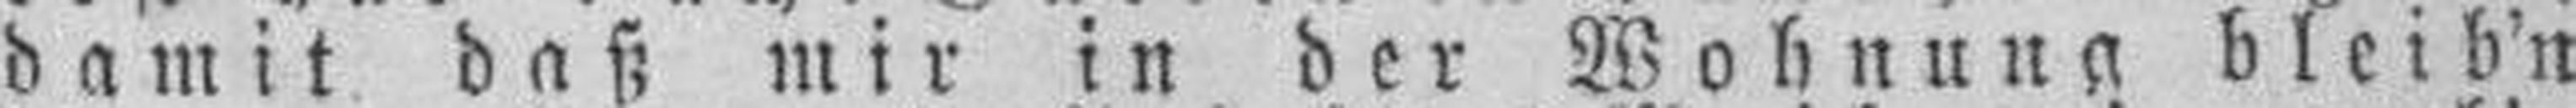
damit daß mir in der Wohnung bleib'n